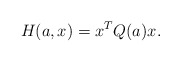
\begin{align*}H(a,x)=x^{T}Q(a)x.\end{align*}